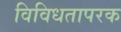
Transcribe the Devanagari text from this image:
विविधतापरक